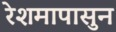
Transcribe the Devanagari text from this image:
रेशमापासुन